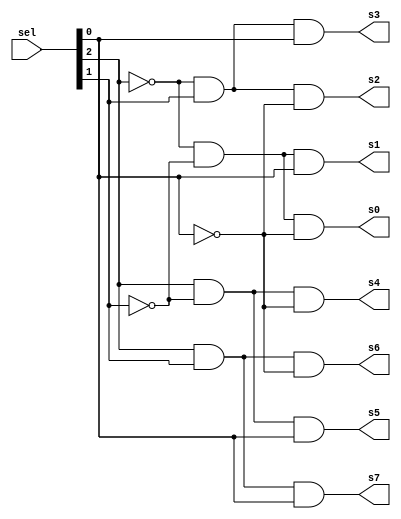
module decodificador_3bits(
  sel, s0, s1, s2, s3, s4, s5, s6, s7
);
  input [2:0] sel;
  output s0, s1, s2, s3, s4, s5, s6, s7;

  and and0(s0, ~sel[2], ~sel[1], ~sel[0]);
  and and1(s1, ~sel[2], ~sel[1], sel[0]);
  and and2(s2, ~sel[2], sel[1], ~sel[0]);
  and and3(s3, ~sel[2], sel[1], sel[0]);
  and and4(s4, sel[2], ~sel[1], ~sel[0]);
  and and5(s5, sel[2], ~sel[1], sel[0]);
  and and6(s6, sel[2], sel[1], ~sel[0]);
  and and7(s7, sel[2], sel[1], sel[0]);
endmodule

module TB_Decodificador_3bits();
  reg [2:0] sel;
  wire s0, s1, s2, s3, s4, s5, s6, s7;

  decodificador_3bits decodificador_3bits(sel, s0, s1, s2, s3, s4, s5, s6, s7);

  initial begin
    sel = 3'b000; #10;
    sel = 3'b001; #10;
    sel = 3'b010; #10;
    sel = 3'b011; #10;
    sel = 3'b100; #10;
    sel = 3'b101; #10;
    sel = 3'b110; #10;
    sel = 3'b111; #10;
  end
endmodule